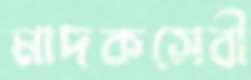
মাদকসেবী